Insane asylums in Bengal annual reports 1867-1875 - 1867-1875
Year: 1867
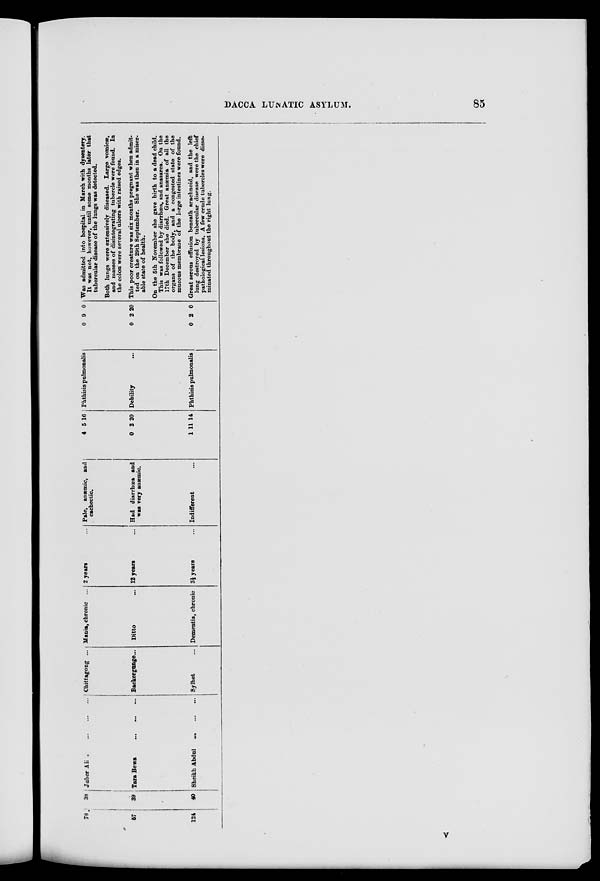
DACCA LUNATIC ASYLUM.
85
78.
57
124
38
39
40
Juber Ali ... ...
...
...
Tara Bewa
...
...
...
Sheikh Abdul
... ...
...
Chittagong ...
Backerguage...
Sylhet ...
Mania, chronic ...
Ditto ...
Dementia, chronic
2 years ...
12 years ...
3½ years ...
Pale, anæmic, and
cachectic.
Had diarrhœa and
was very anæmic.
Indifferent ...
4
0
1
5
2
11
16
20
14
Phthisis pulmonalis
Debility ...
Phthisis pulmonalis
0
0
0
9
2
2
0
20
0
Was admitted into hospital in March with dysentery.
It was not, however, until some months later that
tubercular disease of the lungs was detected.
Both lungs were extensively diseased. Large vomicæ,
and masses of disintegrating tubercle were found. In
the colon were several ulcers with raised edges.
This poor creature was six months pregnant when admit-
ted on the 29th September. She was then in a miser-
able state of health.
On the 5th November she gave birth to a dead child.
This was followed by diarrhœa, and anasarca. On the
17th December she died. Great anæmia of all the
organs of the body, and a congested state of the
mucous membrane of the large intestines were found.
Great serous effusion beneath arachnoid, and the left
lung destroyed by tubercular disease were the chief
pathological lesions. A few crude tubercles were disse-
minated throughout the right lung.
V